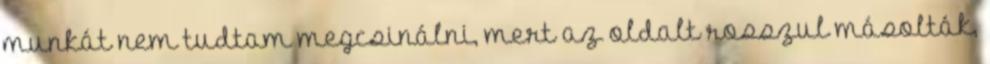
munkát nem tudtam megcsinálni, mert az oldalt rosszul másolták,